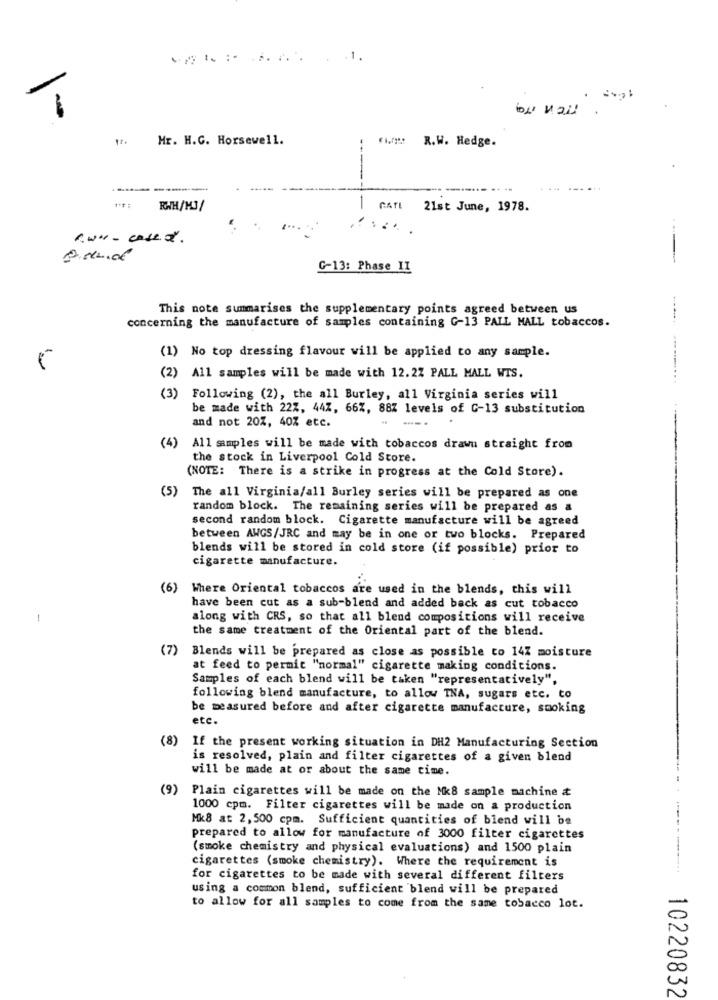
.1.
T
Mr. H.C. Horsewell.
R.W. Hedge.
.. ..
RWH/MJ/
1 GATE 21st June, 1978.
G-13: Phase II
This note summarises the supplementary points agreed between us
concerning the manufacture of samples containing G-13 PALL MALL tobaccos.
(1) No top dressing flavour will be applied to any sample.
(2) All samples will be made with 12.22 PALL MALL WIS.
(3)
Following (2), the all Burley, all Virginia series will
be made with 22%, 442, 66%, 88% levels of G-13 substitution
and not 20%, 40% etc.
(4)
All simples will be made with tobaccos drawu straight from
the stock in Liverpool Cold Store.
(NOTE: There is a strike in progress at the Cold Store).
(5) The all Virginia/all Burley series will be prepared as one
random block. The remaining series will be prepared as a
second random block. Cigarette manufacture will be agreed
between AWGS/JRC and may be in one or two blocks. Prepared
blends will be stored in cold store (if possible) prior to
cigarette manufacture.
(6)
Where Oriental tobaccos are used in the blends, this will
have been cut as a sub-blend and added back as cut tobacco
1
along with CRS, so that all blend compositions will receive
the same treatment of the Oriental part of the blend.
(7) Blends will be prepared as close as possible to 14Z moisture
at feed to permit "normal" cigarette making conditions.
Samples of each blend will be taken "representatively",
following blend manufacture, to allow TNA, sugars etc. to
be measured before and after cigarette manufacture, smoking
etc.
(8) If the present working situation in DH2 Manufacturing Section
is resolved, plain and filter cigarettes of a given blend
will be made at or about the same time.
(9)
Plain cigarettes will be made on the Mk8 sample machine
1000 cpm. Filter cigarettes will be made on a production
Mk8 at 2,500 cpm. Sufficient quantities of blend will be
prepared to allow for manufacture of 3000 filter cigarettes
(smoke chemistry and physical evaluations) and 1500 plain
cigarettes (smoke chemistry). Where the requirement is
-------
for cigarettes to be made with several different filters
using a common blend, sufficient blend will be prepared
to allow for all samples to come from the same tobacco lot.
10220832